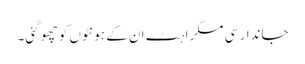
جاندار سی مسکراہٹ ان کے ہونٹوں کو چھو گئی۔